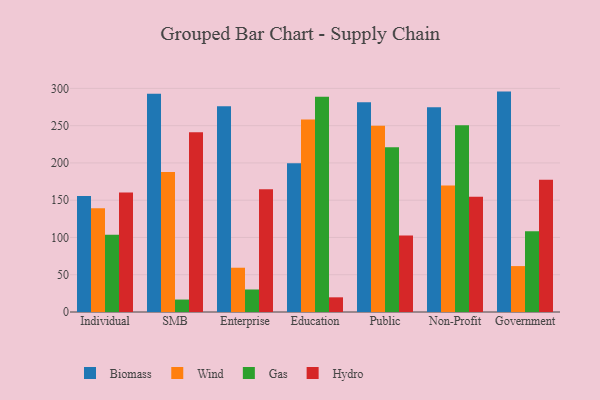
{"axis": {"x": "Segment", "y": "Satisfaction Score"}, "legend": ["Biomass", "Gas", "Hydro", "Wind"], "data": [{"x": "Individual", "y": 155.6, "type": "Biomass"}, {"x": "Individual", "y": 139.2, "type": "Wind"}, {"x": "Individual", "y": 103.7, "type": "Gas"}, {"x": "Individual", "y": 160.2, "type": "Hydro"}, {"x": "SMB", "y": 292.7, "type": "Biomass"}, {"x": "SMB", "y": 187.8, "type": "Wind"}, {"x": "SMB", "y": 16.7, "type": "Gas"}, {"x": "SMB", "y": 241.1, "type": "Hydro"}, {"x": "Enterprise", "y": 276.2, "type": "Biomass"}, {"x": "Enterprise", "y": 59.4, "type": "Wind"}, {"x": "Enterprise", "y": 30.2, "type": "Gas"}, {"x": "Enterprise", "y": 164.8, "type": "Hydro"}, {"x": "Education", "y": 199.7, "type": "Biomass"}, {"x": "Education", "y": 258.2, "type": "Wind"}, {"x": "Education", "y": 288.7, "type": "Gas"}, {"x": "Education", "y": 19.7, "type": "Hydro"}, {"x": "Public", "y": 281.3, "type": "Biomass"}, {"x": "Public", "y": 249.8, "type": "Wind"}, {"x": "Public", "y": 221.1, "type": "Gas"}, {"x": "Public", "y": 102.5, "type": "Hydro"}, {"x": "Non-Profit", "y": 274.6, "type": "Biomass"}, {"x": "Non-Profit", "y": 169.8, "type": "Wind"}, {"x": "Non-Profit", "y": 250.5, "type": "Gas"}, {"x": "Non-Profit", "y": 154.7, "type": "Hydro"}, {"x": "Government", "y": 295.7, "type": "Biomass"}, {"x": "Government", "y": 61.6, "type": "Wind"}, {"x": "Government", "y": 108.4, "type": "Gas"}, {"x": "Government", "y": 177.4, "type": "Hydro"}]}